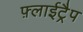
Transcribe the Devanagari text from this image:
फ़्लाईट्रैप